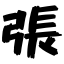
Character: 張